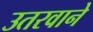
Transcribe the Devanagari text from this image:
उतरवाने